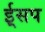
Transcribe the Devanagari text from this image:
ई्सप